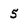
Character: 5